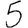
Digit: 5